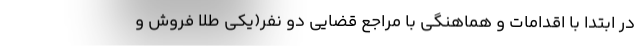
در ابتدا با اقدامات و هماهنگی با مراجع قضایی دو نفر(یکی طلا فروش و